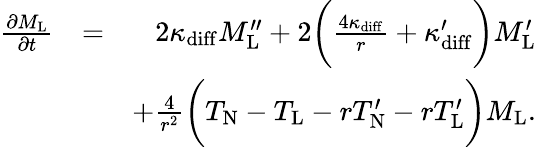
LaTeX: \begin{array}{rlr}{\frac{\partial M_{\mathrm{L}}}{\partial t}}&{=}&{2\kappa_{\mathrm{diff}}M_{\mathrm{L}}^{\prime\prime}+2\bigg(\frac{4\kappa_{\mathrm{diff}}}{r}+\kappa_{\mathrm{diff}}^{\prime}\bigg)M_{\mathrm{L}}^{\prime}}\\ &{}&{+\frac{4}{r^{2}}\bigg(T_{\mathrm{N}}-T_{\mathrm{L}}-rT_{\mathrm{N}}^{\prime}-rT_{\mathrm{L}}^{\prime}\bigg)M_{\mathrm{L}}.}\end{array}